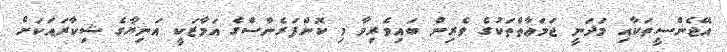
އޭޖެންސީތަކާއި މަދަނީ ޖަމަޢާތްތަކުގެ ވެރިން ބައިވެރިވާ މި ކޮންފަރެންސްގެ އަމާޒަކީ އަނިޔާގެ ޝިކާރައަކަށް